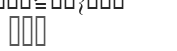
١٥٥